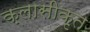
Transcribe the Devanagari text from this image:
क्लासीकृत